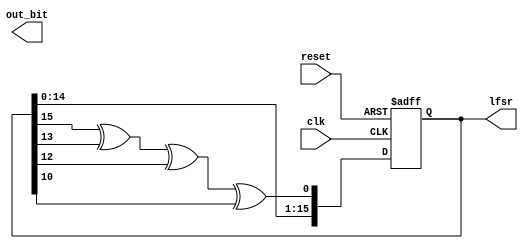
`timescale 1ns / 1ps
//////////////////////////////////////////////////////////////////////////////////
// Company: 
// Engineer: 
// 
// Design Name: 
// Module Name:    lfsr 
// Project Name: 
// Target Devices: 
// Tool versions: 
// Description: 
//
// Dependencies: 
//
// Revision: 
// Revision 0.01 - File Created
// Additional Comments: 
//
//////////////////////////////////////////////////////////////////////////////////
module lfsr_16bit (
    input clk,
    input reset,
    
    output reg [15:0] lfsr,
    output reg out_bit
);
    wire feedback;

    // Define the feedback polynomial: x^16 + x^14 + x^13 + x^11 + 1
    assign feedback = lfsr[15] ^ lfsr[13] ^ lfsr[12] ^ lfsr[10];

    always @(posedge clk or posedge reset) begin
        if (reset) begin
            lfsr <= 16'h5678; // You can use any non-zero seed value
        end else begin
            lfsr <= {lfsr[14:0], feedback};
        end
    end


endmodule